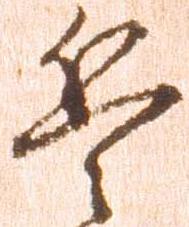
兵